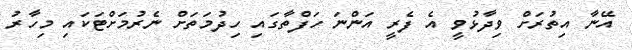
އޭނާ އިތުރަށް ވިދާޅުވީ އެ ފެރީ އަންނަ ހަފްތާގައި ހިދުމަތަށް ނެރުމަށްޓަކައި މިހާރު